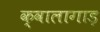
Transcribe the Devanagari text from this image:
क्वालागाड़